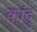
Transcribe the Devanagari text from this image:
कांदु